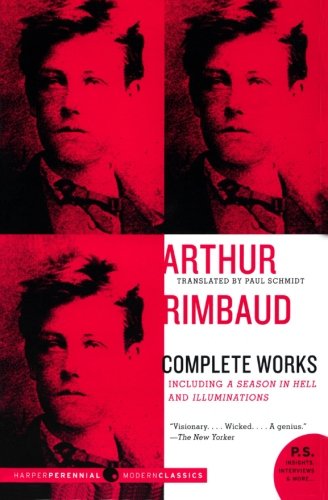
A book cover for Arthur Rimbaud: Complete Works; Arthur Rimbaud; Literature & Fiction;